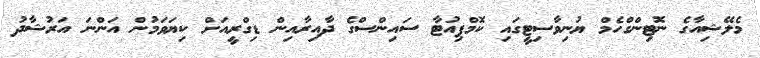
މެލޭޝިއާގެ ނޮޓިންގްހެމް ޔުނިވާސިޓީގައި ކޮމްޕިއުޓާ ސައިންސްގެ ދާއިރާއިން ޑިގްރީއަށް ކިޔަވަމުން އަންނަ އަރުޝާދު